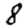
Digit: 8